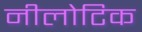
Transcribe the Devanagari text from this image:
नीलोटिक